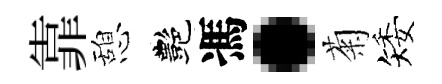
靠憩艷馮·菊矮